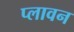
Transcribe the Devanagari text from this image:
प्‍लावन